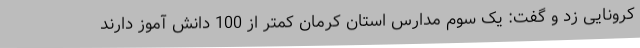
کرونایی زد و گفت: یک سوم مدارس استان کرمان کمتر از 100 دانش آموز دارند